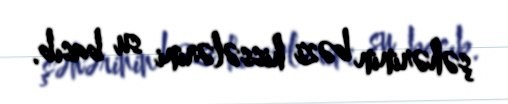
şəhərinin bəzi hissələrini su basıb.